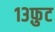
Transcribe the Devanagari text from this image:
१३फ़ुट